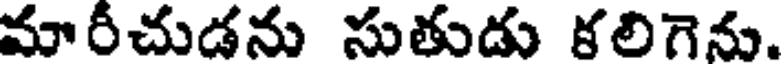
మారీచుడను సుతుడు కలిగెను.